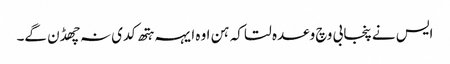
ایس نے پنجابی وچ وعدہ لتا کہ ہن اوہ ایہہ ہتھ کدی نہ چھڈن گے۔